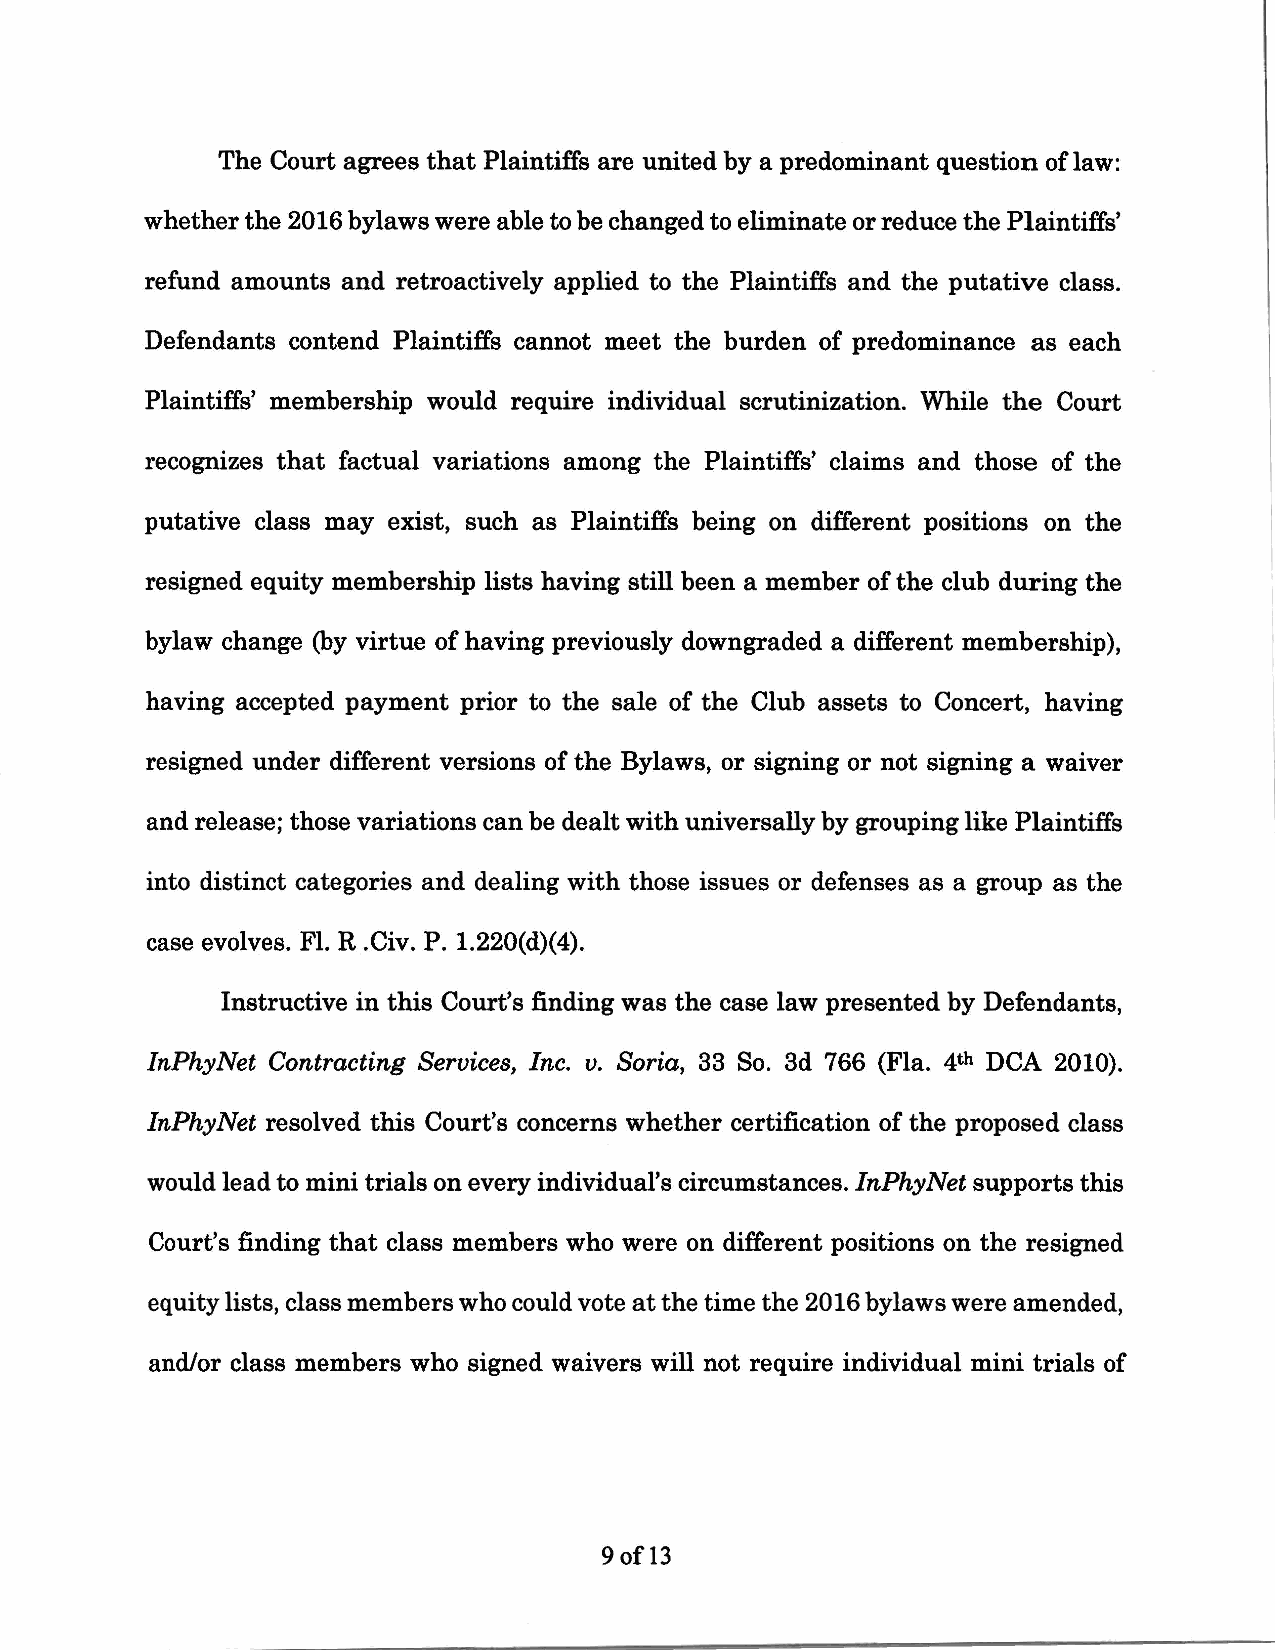
The Court agrees that Plaintiffs are united by a predominant question of law:
 whether the 2016 bylaws were able to be changed to eliminate or reduce the Plaintiffs'
 refund amounts and retroactively applied to the Plaintiffs and the putative class.
 Defendants contend Plaintiffs cannot meet the burden of predominance as each
 Plaintiffs' membership would require individual scrutinization. While the Court
 recognizes that factual variations among the Plaintiffs' claims and those of the
 putative class may exist, such as Plaintiffs being on different positions on the
 resigned equity membership lists having still been a member of the club during the
 bylaw change (by virtue of having previously downgraded a different membership),
 having accepted payment prior to the sale of the Club assets to Concert, having
 resigned under different versions of the Bylaws, or signing or not signing a waiver
 and release; those variations can be dealt with universally by grouping like Plaintiffs
 into distinct categories and dealing with those issues or defenses as a group as the
 case evolves. Fl. R .Civ. P. 1.220(d)(4).
 Instructive in this Court's finding was the case law presented by Defendants,
 lnPhyNet Contracting Services, Inc. v. Soria, 33 So. 3d 766 (Fla. 4th DCA 2010).
 lnPhyNet resolved this Court's concerns whether certification of the proposed class
 would lead to mini trials on every individual's circumstances. lnPhyNet supports this
 Court's finding that class members who were on different positions on the resigned
 equity lists, class members who could vote at the time the 2016 bylaws were amended,
 and/or class members who signed waivers will not require individual mini trials of
 9of13